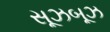
સૂઝબૂઝ